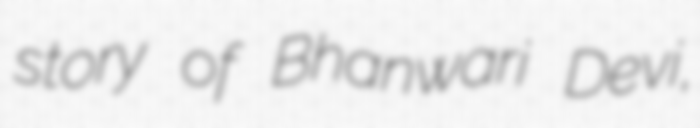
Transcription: story of Bhanwari Devi,